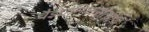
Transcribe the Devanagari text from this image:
वैज्ञानिकरीत्या